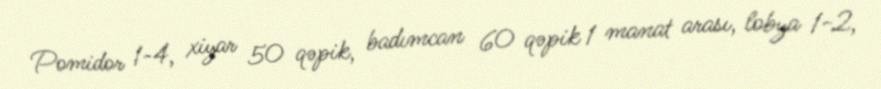
Pomidor 1-4, xiyar 50 qəpik, badımcan 60 qəpik 1 manat arası, lobya 1-2,